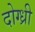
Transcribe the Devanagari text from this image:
दोग्ध्री